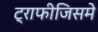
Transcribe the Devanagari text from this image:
ट्राफीजिसमे